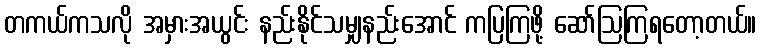
တကယ်ကသလို အမှားအယွင်း နည်းနိုင်သမျှနည်းအောင် ကပြကြဖို့ ဆော်ဩကြရတော့တယ်။